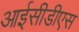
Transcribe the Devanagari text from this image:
आईसीडीएस